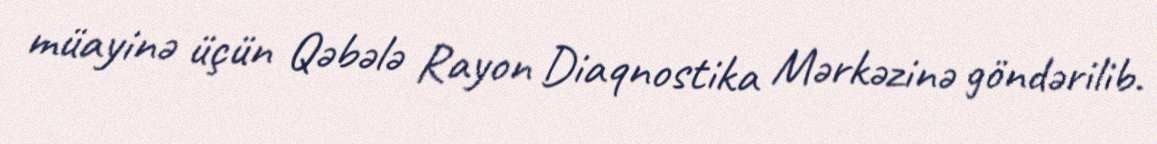
müayinə üçün Qəbələ Rayon Diaqnostika Mərkəzinə göndərilib.